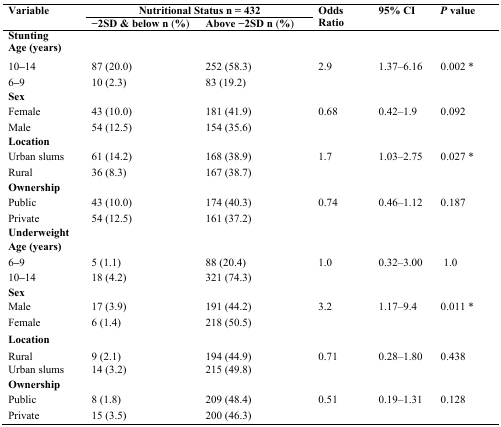
<table><thead><tr><td rowspan="2"><b>Variable</b></td><td colspan="2"><b>Nutritional Status n = 432</b></td><td rowspan="2"><b>Odds Ratio</b></td><td rowspan="2"><b>95% CI</b></td><td rowspan="2"><b><i>P</i> value</b></td></tr><tr><td><b>−2SD &amp; below n (%)</b></td><td><b>Above −2SD n (%)</b></td></tr></thead><tbody><tr><td><b>Stunting</b></td><td></td><td></td><td></td><td></td><td></td></tr><tr><td><b>Age (years)</b></td><td></td><td></td><td></td><td></td><td></td></tr><tr><td>10–14</td><td>87 (20.0)</td><td>252 (58.3)</td><td>2.9</td><td>1.37–6.16</td><td>0.002 *</td></tr><tr><td>6–9</td><td>10 (2.3)</td><td>83 (19.2)</td><td></td><td></td><td></td></tr><tr><td><b>Sex</b></td><td></td><td></td><td></td><td></td><td></td></tr><tr><td>Female</td><td>43 (10.0)</td><td>181 (41.9)</td><td>0.68</td><td>0.42–1.9</td><td>0.092</td></tr><tr><td>Male</td><td>54 (12.5)</td><td>154 (35.6)</td><td></td><td></td><td></td></tr><tr><td><b>Location</b></td><td></td><td></td><td></td><td></td><td></td></tr><tr><td>Urban slums</td><td>61 (14.2)</td><td>168 (38.9)</td><td>1.7</td><td>1.03–2.75</td><td>0.027 *</td></tr><tr><td>Rural</td><td>36 (8.3)</td><td>167 (38.7)</td><td></td><td></td><td></td></tr><tr><td><b>Ownership</b></td><td></td><td></td><td></td><td></td><td></td></tr><tr><td>Public</td><td>43 (10.0)</td><td>174 (40.3)</td><td>0.74</td><td>0.46–1.12</td><td>0.187</td></tr><tr><td>Private</td><td>54 (12.5)</td><td>161 (37.2)</td><td></td><td></td><td></td></tr><tr><td><b>Underweight</b></td><td></td><td></td><td></td><td></td><td></td></tr><tr><td><b>Age (years)</b></td><td></td><td></td><td></td><td></td><td></td></tr><tr><td>6–9</td><td>5 (1.1)</td><td>88 (20.4)</td><td>1.0</td><td>0.32–3.00</td><td> 1.0</td></tr><tr><td>10–14</td><td>18 (4.2)</td><td>321 (74.3)</td><td></td><td></td><td></td></tr><tr><td><b>Sex</b></td><td></td><td></td><td></td><td></td><td></td></tr><tr><td>Male</td><td>17 (3.9)</td><td>191 (44.2)</td><td>3.2</td><td>1.17–9.4</td><td>0.011 *</td></tr><tr><td>Female</td><td>6 (1.4)</td><td>218 (50.5)</td><td></td><td></td><td></td></tr><tr><td><b>Location</b></td><td></td><td></td><td></td><td></td><td></td></tr><tr><td>Rural</td><td>9 (2.1)</td><td>194 (44.9)</td><td>0.71</td><td>0.28–1.80</td><td>0.438</td></tr><tr><td>Urban slums</td><td>14 (3.2)</td><td>215 (49.8)</td><td></td><td></td><td></td></tr><tr><td><b>Ownership</b></td><td></td><td></td><td></td><td></td><td></td></tr><tr><td>Public</td><td>8 (1.8)</td><td>209 (48.4)</td><td>0.51</td><td>0.19–1.31</td><td>0.128</td></tr><tr><td>Private</td><td>15 (3.5)</td><td>200 (46.3)</td><td></td><td></td><td></td></tr></tbody></table>